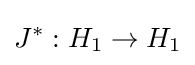
J^{*}:H_{1}\to H_{1}